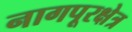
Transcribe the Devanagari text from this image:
नागपूरक्षेत्र